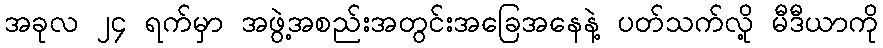
အခုလ ၂၄ ရက်မှာ အဖွဲ့အစည်းအတွင်းအခြေအနေနဲ့ ပတ်သက်လို့ မီဒီယာကို